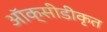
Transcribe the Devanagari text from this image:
ऑक्सीडीकृत